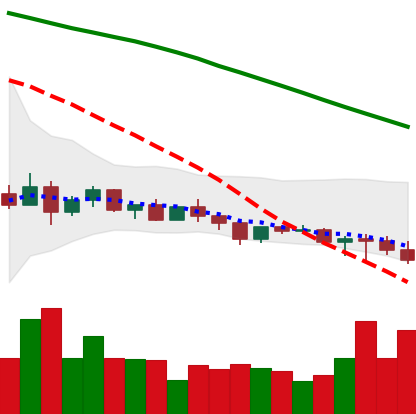
Ticker: XLM-USD
Chart end date: 2022-12-15
Forward return: -7.146%
Label: down_7plus